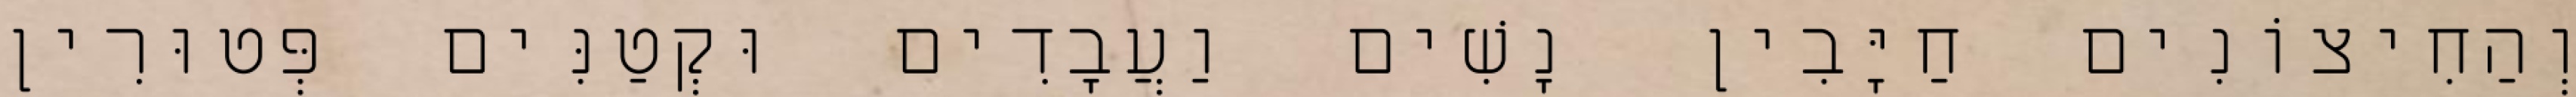
וְהַחִיצוֹנִים חַיָּבִין נָשִׁים וַעֲבָדִים וּקְטַנִּים פְּטוּרִין